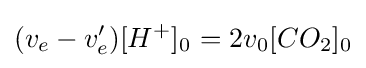
(v_{e}-v_{e}^{\prime })[H^{+}]_{0^{}}=2v_{0}[CO_{2}]_{0}